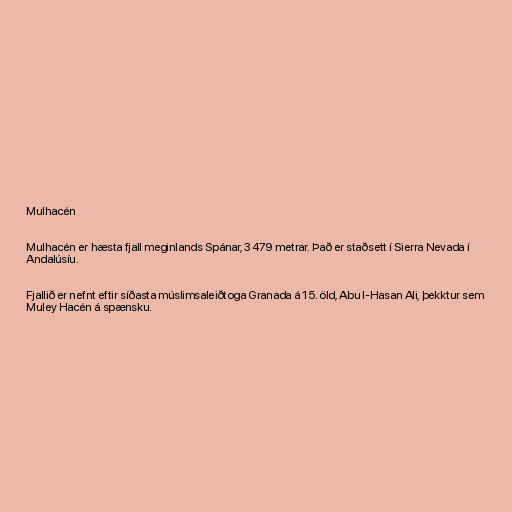
Mulhacén

Mulhacén er hæsta fjall meginlands Spánar, 3479 metrar. Það er staðsett í Sierra Nevada í
Andalúsíu.

Fjallið er nefnt eftir síðasta múslimsaleiðtoga Granada á 15. öld, Abu l-Hasan Ali, þekktur sem
Muley Hacén á spænsku.